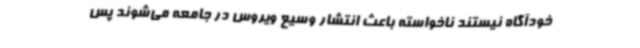
خودآگاه نیستند ناخواسته باعث انتشار وسیع ویروس در جامعه می‌شوند پس